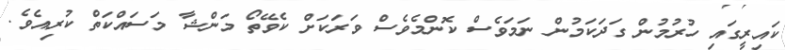
ކައިރީގައި ހުރުމުން ގަދަކަމުން ނަމަވެސް ކޮންމެވެސް ވަރަކަށް ކެވޭތޯ މަންޝާ މަސައްކަތް ކުރިއެވެ.